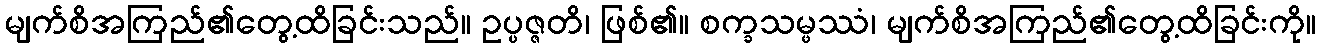
မျက်စိအကြည်၏တွေ့ထိခြင်းသည်။ ဥပ္ပဇ္ဇတိ၊ ဖြစ်၏။ စက္ခသမ္ဖဿံ၊ မျက်စိအကြည်၏တွေ့ထိခြင်းကို။